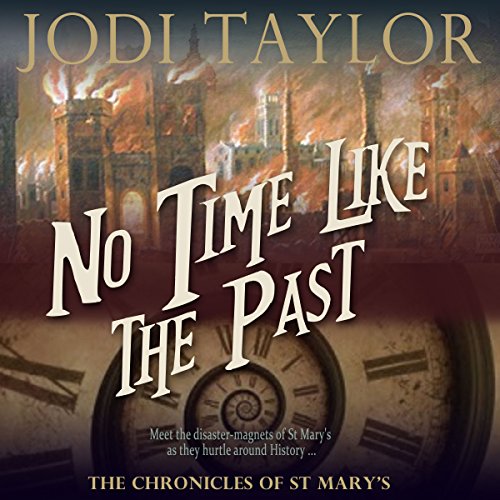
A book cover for No Time Like the Past: The Chronicles of St. Mary, Book 5; Jodi Taylor; Science Fiction & Fantasy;